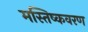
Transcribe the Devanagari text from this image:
मस्तिष्कवरण